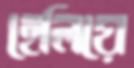
হেলিয়ে